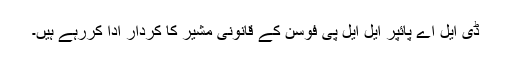
ڈی ایل اے پائپر ایل ایل پی فوسن کے قانونی مشیر کا کردار ادا کررہے ہیں۔